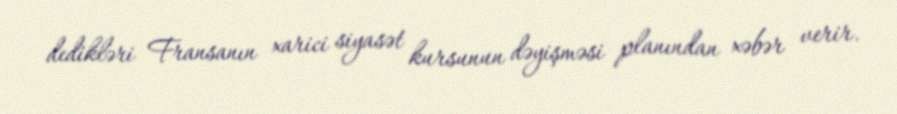
dedikləri Fransanın xarici siyasət kursunun dəyişməsi planından xəbər verir.